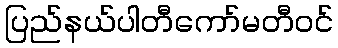
ပြည်နယ်ပါတီကော်မတီဝင်